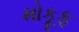
મોકૂફ